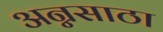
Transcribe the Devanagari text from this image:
अन्नसाठा